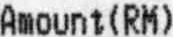
AMOUNT(RM)